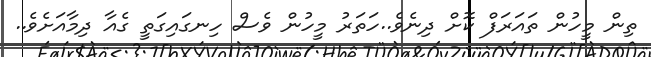
ތިން މީހުން ތައަރަފް ކޮށް ދިނެވެ..ހަތަރު މީހުން ވެސް ހިނގައިގަތީ ގެއާ ދިމާއަށެވެ..